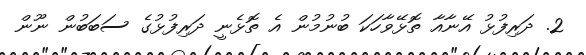
2. ދަރިފުޅު އޭނާއާ ތޮޅޭވާހަކަ ބުނުމުން އެ ތޮޅެނީ ދަރިފުޅުގެ ސަބަބުން ނޫން